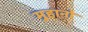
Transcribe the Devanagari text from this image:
मुहानो